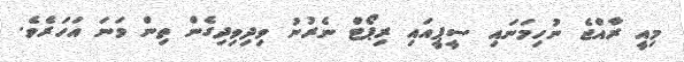
މިއީ ރާއްޖެ ނުހިމަނައި ސީޕީއައި ރިޕޯޓް ނެރުނު ވިދިވިދިގެން ތިން ވަނަ އަހަރެވެ.